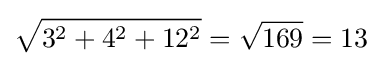
{\sqrt {3^{2}+4^{2}+12^{2}}}={\sqrt {169}}=13